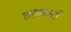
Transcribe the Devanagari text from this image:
शताबादी